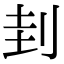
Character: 刲